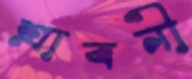
শ্রাবনী